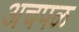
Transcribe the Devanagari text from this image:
अचपळ